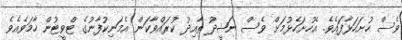
ވެސް ހުށަހަޅާފައެވެ. އެހުށަހެޅުމަށް ވެސް ނަޝީދު ތާއިދު ކުރައްވާކަން އެމަނިކުފާނުގެ ޓްވީޓުން ހާމަވެއެވެ